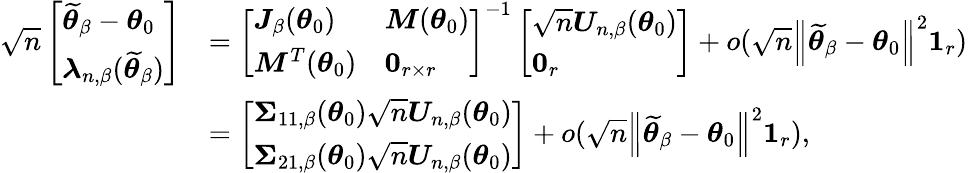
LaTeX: \begin{array}{rl}{\sqrt{n}\left[\begin{array}{l}{\widetilde{\boldsymbol{\theta}}_{\beta}-\boldsymbol{\theta}_{0}}\\ {\boldsymbol{\lambda}_{n,\beta}(\widetilde{\boldsymbol{\theta}}_{\beta})}\end{array}\right]}&{=\left[\begin{array}{ll}{\boldsymbol{J}_{\beta}(\boldsymbol{\theta}_{0})}&{\boldsymbol{M}(\boldsymbol{\theta}_{0})}\\ {\boldsymbol{M}^{T}(\boldsymbol{\theta}_{0})}&{\boldsymbol{0}_{r\times r}}\end{array}\right]^{-1}\left[\begin{array}{l}{\sqrt{n}\boldsymbol{U}_{n,\beta}(\boldsymbol{\theta}_{0})}\\ {\boldsymbol{0}_{r}}\end{array}\right]+o(\sqrt{n}\left\Vert\widetilde{\boldsymbol{\theta}}_{\beta}-\boldsymbol{\theta}_{0}\right\Vert^{2}\boldsymbol{1}_{r})}\\ &{=\left[\begin{array}{l}{\boldsymbol{\Sigma}_{11,\beta}(\boldsymbol{\theta}_{0})\sqrt{n}\boldsymbol{U}_{n,\beta}(\boldsymbol{\theta}_{0})}\\ {\boldsymbol{\Sigma}_{21,\beta}(\boldsymbol{\theta}_{0})\sqrt{n}\boldsymbol{U}_{n,\beta}(\boldsymbol{\theta}_{0})}\end{array}\right]+o(\sqrt{n}\left\Vert\widetilde{\boldsymbol{\theta}}_{\beta}-\boldsymbol{\theta}_{0}\right\Vert^{2}\boldsymbol{1}_{r}),}\end{array}